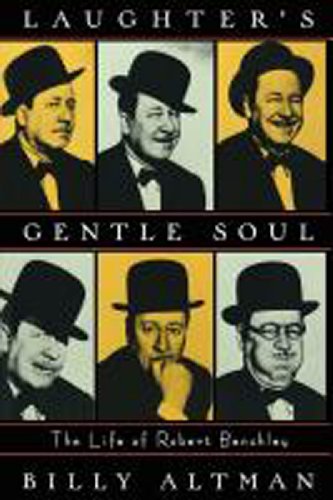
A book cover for Laughter's Gentle Soul: The Life of Robert Benchley; Billy Altman; Reference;